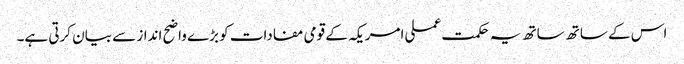
اس کے ساتھ ساتھ یہ حکمت عملی امریکہ کے قومی مفادات کو بڑے واضح انداز سے بیان کرتی ہے۔